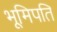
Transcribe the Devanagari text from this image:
भूमिपति